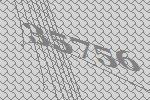
35756